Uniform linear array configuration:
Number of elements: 24
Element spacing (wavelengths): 0.25
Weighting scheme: hamming
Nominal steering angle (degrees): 30
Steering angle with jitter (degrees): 30.787
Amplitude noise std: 0.05
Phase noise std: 0.05

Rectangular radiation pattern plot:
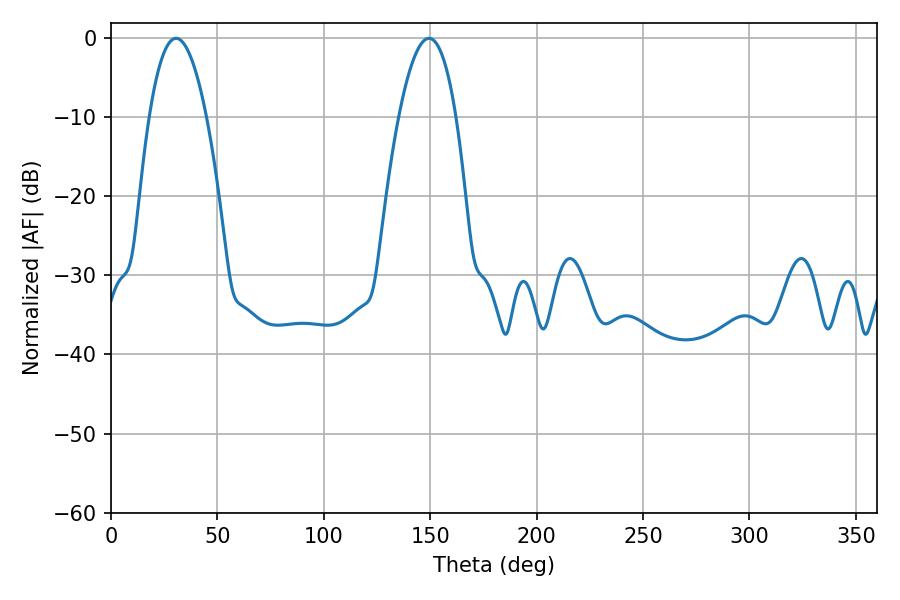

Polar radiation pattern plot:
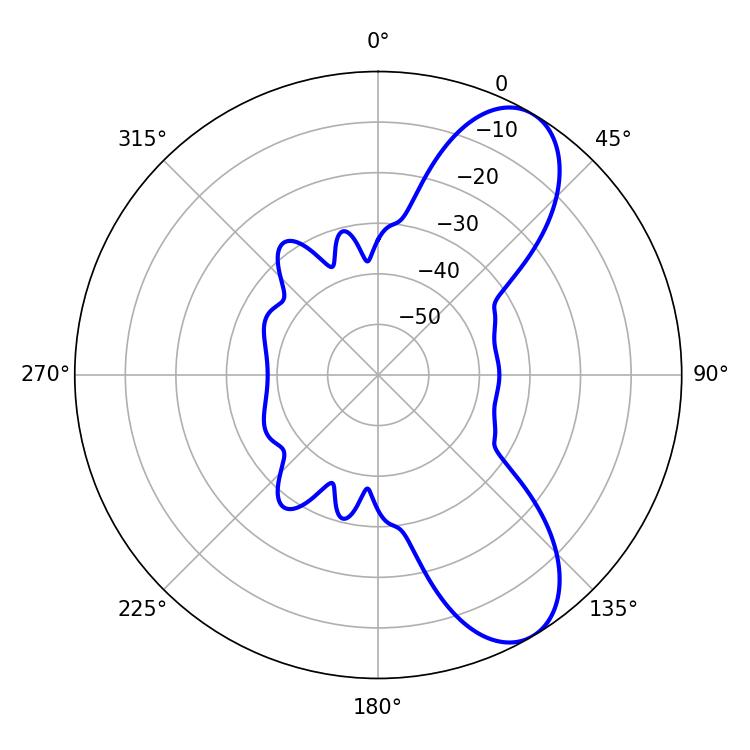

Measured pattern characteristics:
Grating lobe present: FALSE
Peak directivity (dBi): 8.479
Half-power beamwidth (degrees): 14.76
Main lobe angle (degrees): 30.6